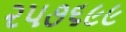
૨૫૭૬૯૯